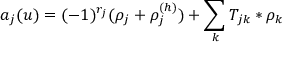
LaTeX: a _ { j } ( u ) = ( - 1 ) ^ { r _ { j } } ( \rho _ { j } + \rho _ { j } ^ { ( h ) } ) + \sum _ { k } T _ { j k } \ast \rho _ { k }